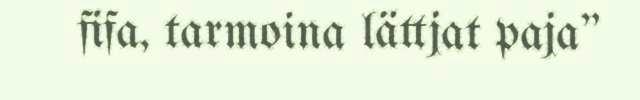
fifa, tarmoina lättjat paja"